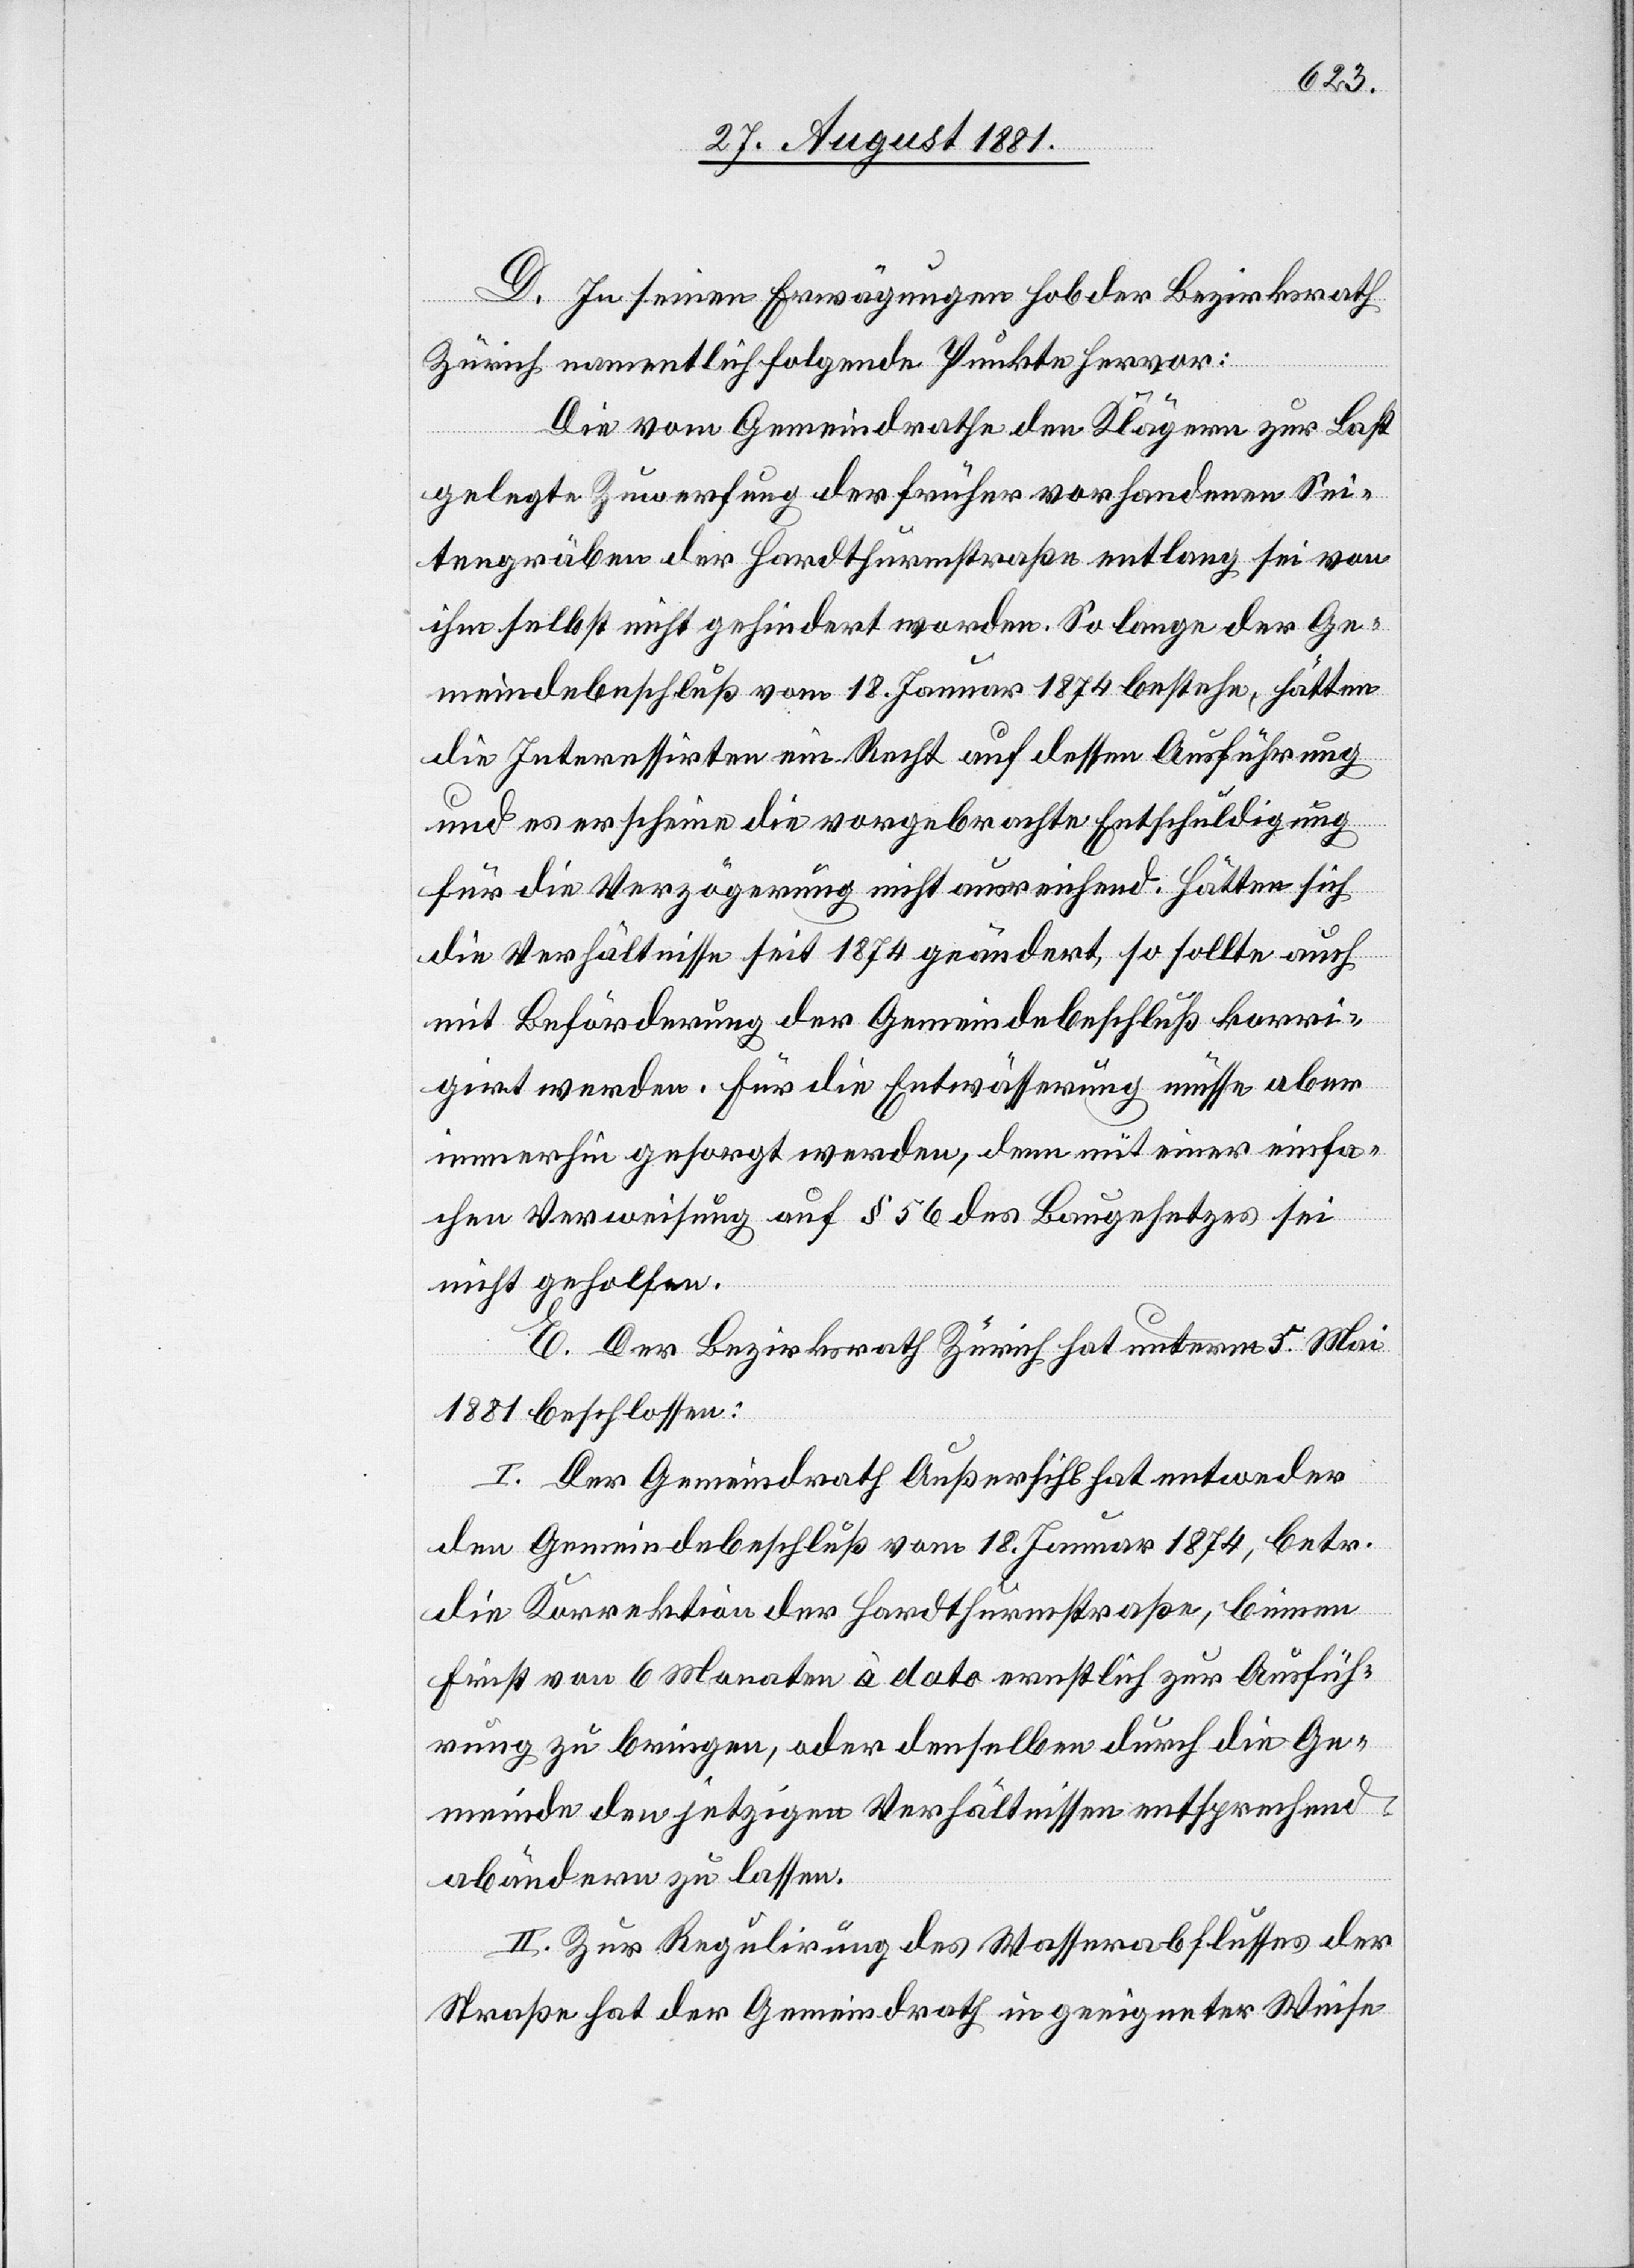
D. In seinen Erwägungen hob der Bezirksrath
Zürich namentlich folgende Punkte hervor:
Die vom Gemeindrathe den Klägern zur Last
gelegte Zuwerfung der früher vorhandenen Sei¬
tengräben der Hardthurmstraße entlang sei von
ihm selbst nicht gehindert worden. so lange der Ge¬
meindebeschluß vom 18. Januar 1874 bestehe, hätten
die Interessirten ein Recht auf dessen Ausführung
und es erscheine die vorgebrachte Entschuldigung
für die Verzögerung nicht ausreichend. Hätten sich
die Verhältnisse seit 1874 geändert, so sollte auch
mit Beförderung der Gemeindebeschluß korri¬
girt werden. Für die Entwässerung müsse aber
immerhin gesorgt werden, denn mit einer einfa¬
chen Verweisung auf § 56 des Baugesetzes sei
nicht geholfen.
E. Der Bezirksrath Zürich hat unterm 5. Mai
1881 beschlossen:
I. Der Gemeindrath Außersihl hat entweder
den Gemeindebeschluß vom 18. Januar 1874, betr.
die Korrektion der Hardthurmstraße, binnen
Frist von 6 Monaten à dato ernstlich zur Ausfüh¬
rung zu bringen, oder denselben durch die Ge¬
meinde den jetzigen Verhältnissen entsprechend
abändern zu lassen.
II. Zur Regulirung des Wasserabflusses der
Straße hat der Gemeindrath in geeigneter Weise